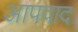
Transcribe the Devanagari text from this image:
आपवाद